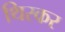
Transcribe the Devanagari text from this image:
थिरकर